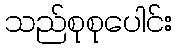
သည်စုစုပေါင်း